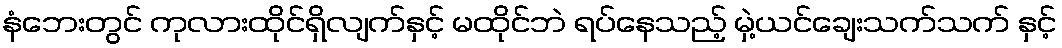
နံဘေးတွင် ကုလားထိုင်ရှိလျက်နှင့် မထိုင်ဘဲ ရပ်နေသည့် မှဲ့ယင်ချေးသက်သက် နှင့်